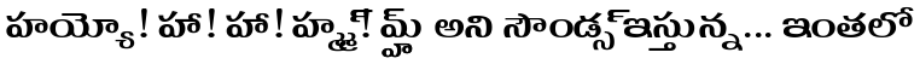
హయ్యో! హా! హా! హ్మ్మ్! మ్హ్హ్ అని సౌండ్స్ ఇస్తున్న... ఇంతలో